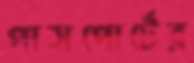
পাসপোর্টের